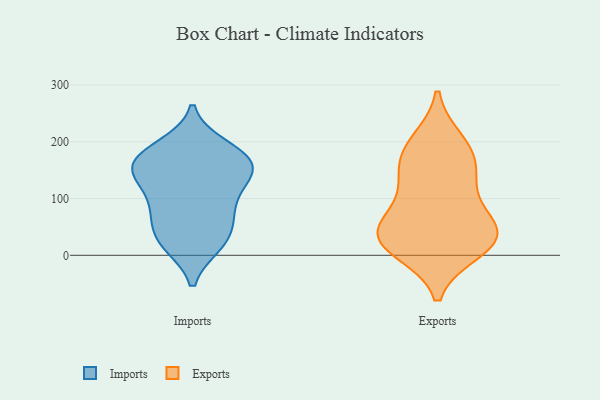
{"axis": {"x": "Backlog", "y": "Value"}, "legend": ["Exports", "Imports"], "data": [{"x": "", "y": 192, "type": "Imports"}, {"x": "", "y": 166, "type": "Imports"}, {"x": "", "y": 88, "type": "Imports"}, {"x": "", "y": 48, "type": "Imports"}, {"x": "", "y": 187, "type": "Imports"}, {"x": "", "y": 141, "type": "Imports"}, {"x": "", "y": 166, "type": "Imports"}, {"x": "", "y": 112, "type": "Imports"}, {"x": "", "y": 148, "type": "Imports"}, {"x": "", "y": 23, "type": "Imports"}, {"x": "", "y": 20, "type": "Imports"}, {"x": "", "y": 149, "type": "Imports"}, {"x": "", "y": 75, "type": "Imports"}, {"x": "", "y": 19, "type": "Imports"}, {"x": "", "y": 71, "type": "Imports"}, {"x": "", "y": 172, "type": "Imports"}, {"x": "", "y": 136, "type": "Imports"}, {"x": "", "y": 127, "type": "Exports"}, {"x": "", "y": 52, "type": "Exports"}, {"x": "", "y": 185, "type": "Exports"}, {"x": "", "y": 34, "type": "Exports"}, {"x": "", "y": 131, "type": "Exports"}, {"x": "", "y": 199, "type": "Exports"}, {"x": "", "y": 10, "type": "Exports"}, {"x": "", "y": 21, "type": "Exports"}, {"x": "", "y": 33, "type": "Exports"}, {"x": "", "y": 168, "type": "Exports"}, {"x": "", "y": 31, "type": "Exports"}, {"x": "", "y": 66, "type": "Exports"}]}